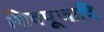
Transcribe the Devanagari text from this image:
शिवपूजादि